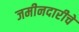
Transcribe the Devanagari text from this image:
जमीनदारीचे